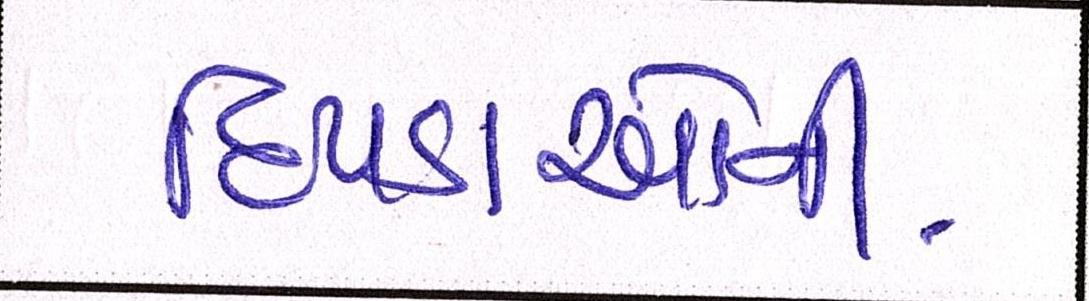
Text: દિપડાઓનો